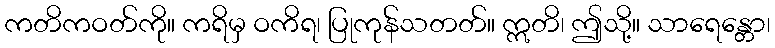
ကတိကဝတ်ကို။ ကရိမှ ဝကိရ၊ ပြုကုန်သတတ်။ ဣတိ၊ ဤသို့။ သာရေန္တော၊